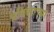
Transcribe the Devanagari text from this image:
प्रदिशाच्या